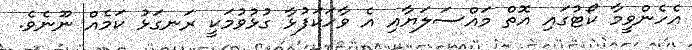
އެހެންވީމާ ކޯޓުގައި އޮތް މައްސަލަޔާއި އެ ވާހަކަފުޅާ ގުޅުވުމަކީ ރަނގަޅު ކަމެއް ނޫނެވެ.